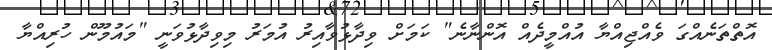
އޮތްތަނެއްގަ ވެއްޖިއްޔާ އުއްމީދެއް އޮންނާނެ" ކަމަށް ވިދާޅުވާއިރު އުމަރު މިވިދާޅުވަނީ "މައުމޫން ހުރިއްޔާ